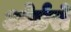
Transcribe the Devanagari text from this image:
ओर्डरों